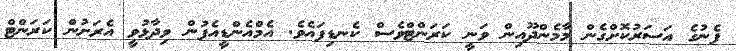
ފެނުގެ އަސަރުކޮށްގެން މާމެންދޫއިން ވަނީ ކަރަންޓްވެސް ކެނޑިފައެވެ. އެމްއެންޑީއެފުން ވިދާޅުވީ އެރަށުން ކަރަންޓް